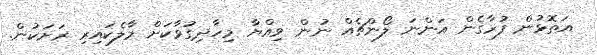
އަތޮޅުން ފުރާގެން އަންނަ ލޯންޗެއް ނުން ވިއްޔާ މިހާދިގުވާކަށް މާލެކައިރި ރަށަކުން.